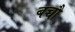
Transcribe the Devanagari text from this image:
बच्चौ